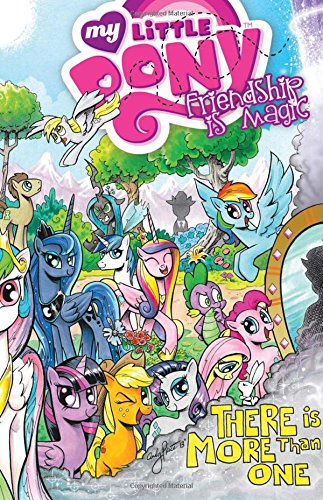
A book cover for My Little Pony: Friendship is Magic Volume 5; Katie Cook; Children's Books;